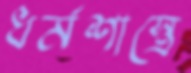
ধর্মশাস্ত্রে